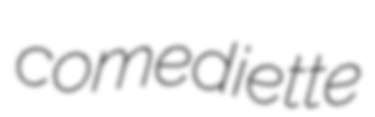
comediette